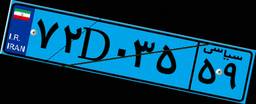
۴۳D۱۶۸۵۸